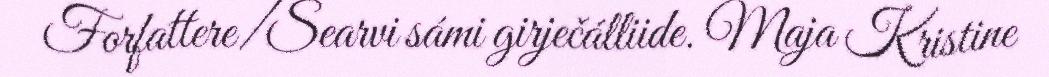
Forfattere/Searvi sámi girječálliide. Maja Kristine